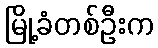
မြို့ခံတစ်ဦးက